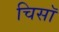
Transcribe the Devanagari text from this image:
चिसॉ